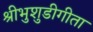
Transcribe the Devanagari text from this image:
श्रीभुशुडीगीता